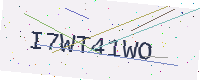
Text: I7WT41WO